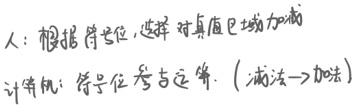
人：根据符号位，选择对真值区域加减
计算机：符号位参与运算. (减法→加法)